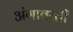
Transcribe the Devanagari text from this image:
अंगावरती